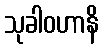
သုခါဝဟာနိ